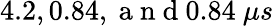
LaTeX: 4.2,0.84,\mathrm{~a~n~d~}0.84\ \mu s